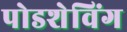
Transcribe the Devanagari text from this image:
पोडशेविंग